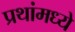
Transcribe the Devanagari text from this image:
प्रथांमध्ये